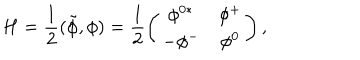
LaTeX: H = \frac { 1 } { 2 } ( \tilde { \phi } , \phi ) = \frac { 1 } { 2 } \left( \begin{array} { c c } { { \phi ^ { 0 * } } } & { { \phi ^ { + } } } \\ { { - \phi ^ { - } } } & { { \phi ^ { 0 } } } \\ \end{array} \right) ,